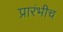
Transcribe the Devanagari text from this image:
प्रारंभीच